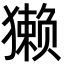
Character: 獭